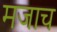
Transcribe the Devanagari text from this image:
मजाच